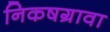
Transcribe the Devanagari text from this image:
निकषग्रावा